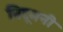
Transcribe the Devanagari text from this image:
बिटूमनी